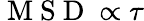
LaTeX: \mathrm{~M~S~D~}\propto\tau